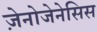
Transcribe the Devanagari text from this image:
ज़ेनोजेनेसिस